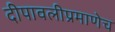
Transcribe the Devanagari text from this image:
दीपावलीप्रमाणेच